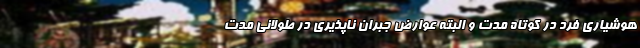
هوشیاری فرد در کوتاه مدت و البته عوارض جبران ناپذیری در طولانی مدت